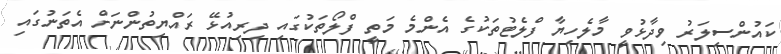
ކައުންސިލަރު ވިދާޅުވީ މާލެހިޔާ ފްލެޓުތަކުގެ އެންމެ މަތީ ފްލޯތަކުގައި ދިރިއުޅޭ ރައްޔިތުންނަށް އެތަނުގައި